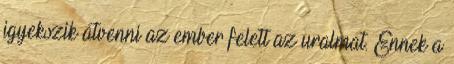
igyekszik átvenni az ember felett az uralmat. Ennek a